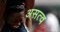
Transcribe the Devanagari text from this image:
असत्व